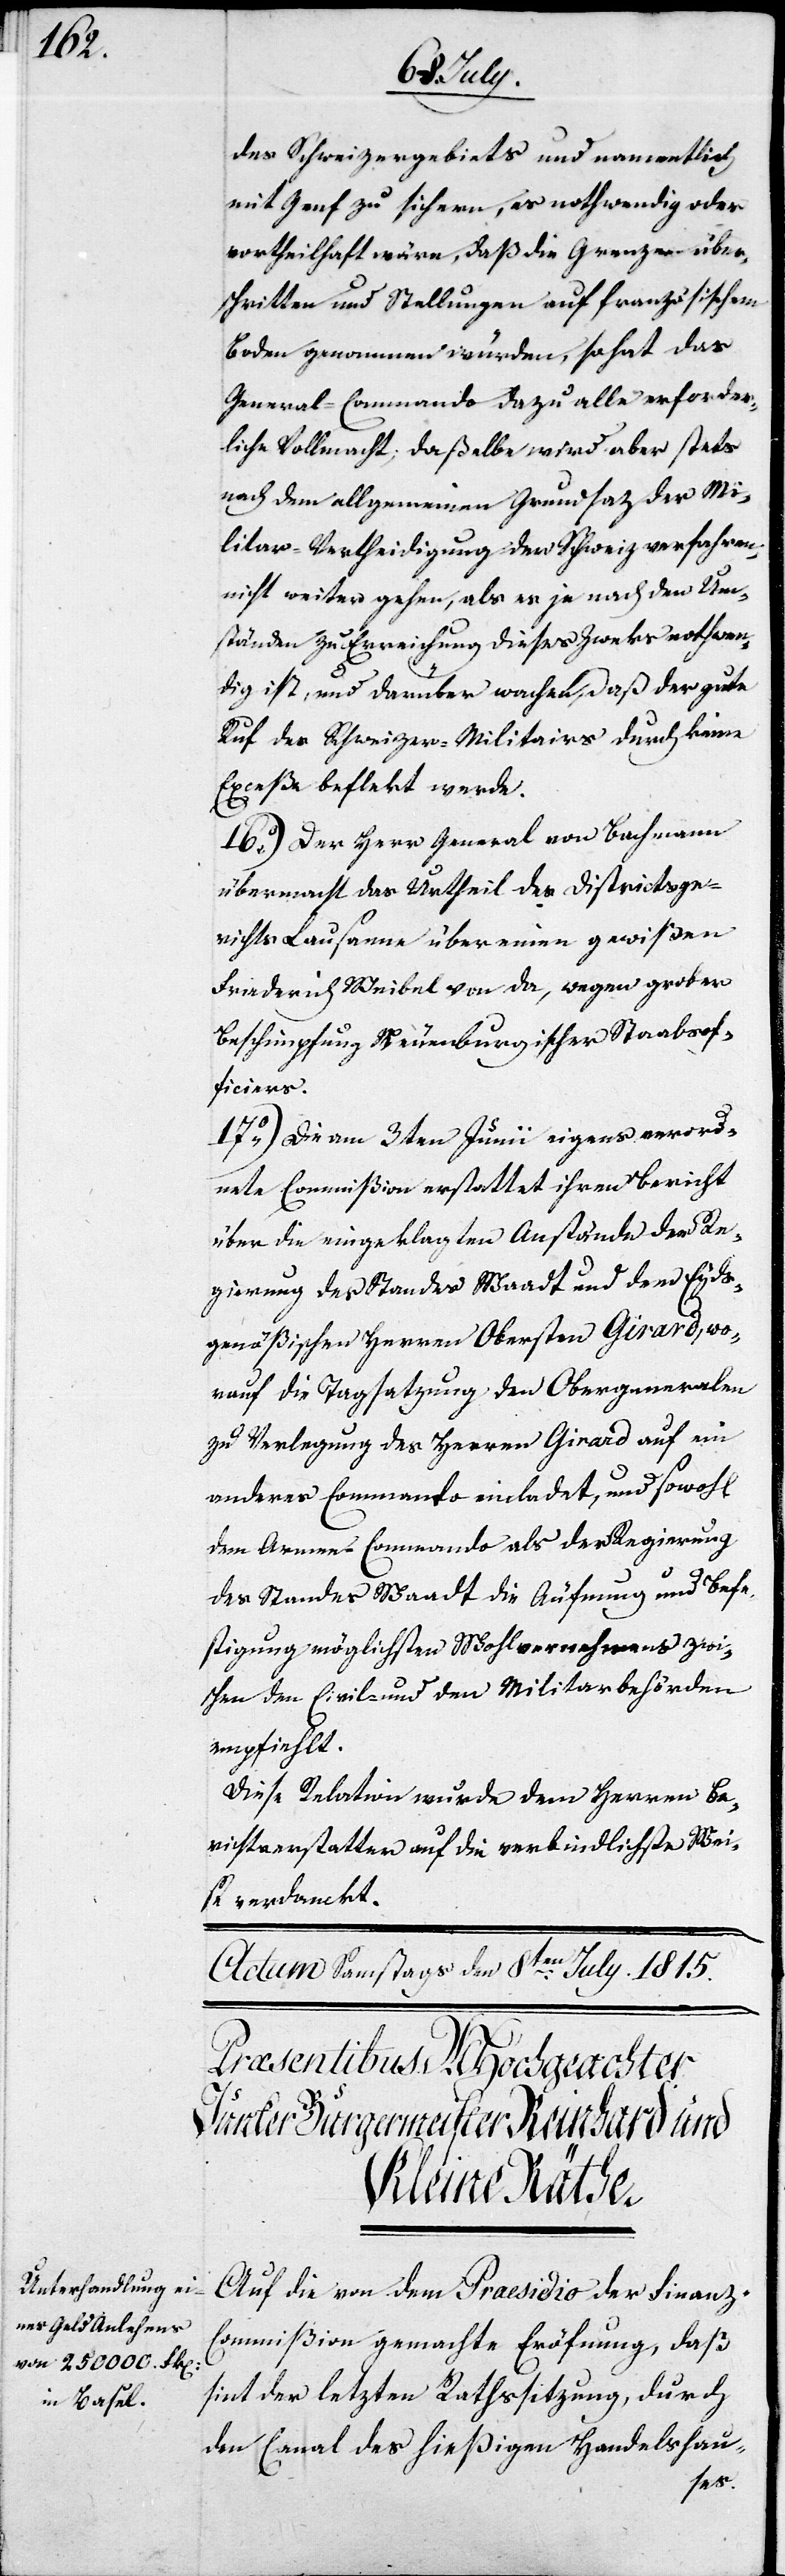
des Schweizergebiets und namentlich
mit Genf zu sichern, es nothwendig oder
vortheilhaft wäre, daß die Grenze über¬
schritten und Stellungen auf französischem
Boden genommen würden, so hat das
General-Commando dazu alle erforder¬
liche Vollmacht, daßelbe wird aber stets
nach dem allgemeinen Grundsatz der Mi¬
litar-Vertheidigung der Schweiz verfahren,
nicht weiter gehen, als es je nach den Um¬
ständen zu Erreichung dieses Zwecks nothwen¬
dig ist, und darüber wachen, daß der gute
Ruf des Schweizer-Militairs durch keine
Exceße beflekt werde.
16.) Der Herr General von Bachmann
übermacht das Urtheil des Districtsge¬
richts Lausanne über einen gewißen
Friedrich Weibel von da, wegen grober
Beschimpfung Neuenburgischer Staatsof¬
ficiers.
17.) Die am 3ten Junii eigens verord¬
nete Commißion erstattet ihren Bericht
über die eingelangten Anstände der Re¬
gierung des Standes Waadt und dem Eyds¬
genößischen Herren Obersten Girard, wo¬
rauf die Tagsatzung den Obergeneralen
zu Verlegung des Herren Girard auf ein
anderes Commando einladet, und sowohl
dem Armee-Commando als der Regierung
des Standes Waadt die Äufnung und Befe¬
stigung möglichsten Wohlvernehmens zwi¬
schen den Civil- und den Militarbehörden
empfiehlt.
Diese Relation wurde dem Herren Be¬
richterstatter auf die verbindlichste Ar¬
t verdanckt.
Auf die von dem Präsidio der Finanz-C¬
ommißion gemachte Eröfnung, daß
sint der letzten Rathssitzung, durch
den Canal des hießigen Handelshau-